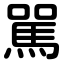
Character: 駡